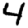
Digit: 4